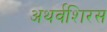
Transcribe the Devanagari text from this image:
अथर्वशिरस